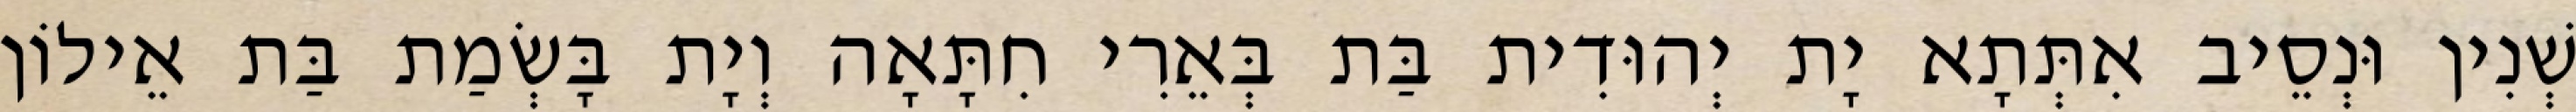
שְׁנִין וּנְסֵיב אִתְּתָא יָת יְהוּדִית בַּת בְּאֵרִי חִתָּאָה וְיָת בָּשְׂמַת בַּת אֵילוֹן